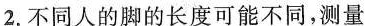
2.不同人的脚的长度可能不同，测量